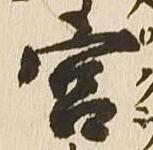
宮